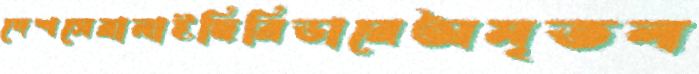
দেশসেরানাইছিরিডারেঅমৃতল